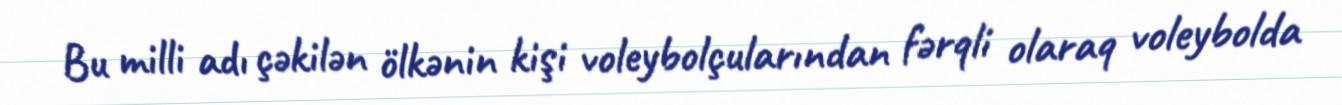
Bu milli adı çəkilən ölkənin kişi voleybolçularından fərqli olaraq voleybolda